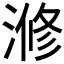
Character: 𣺫